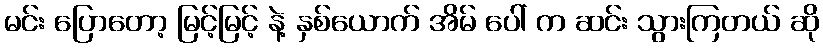
မင်း ပြောတော့ မြင့်မြင့် နဲ့ နှစ်ယောက် အိမ် ပေါ် က ဆင်း သွားကြတယ် ဆို